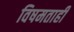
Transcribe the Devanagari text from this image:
विषमताही